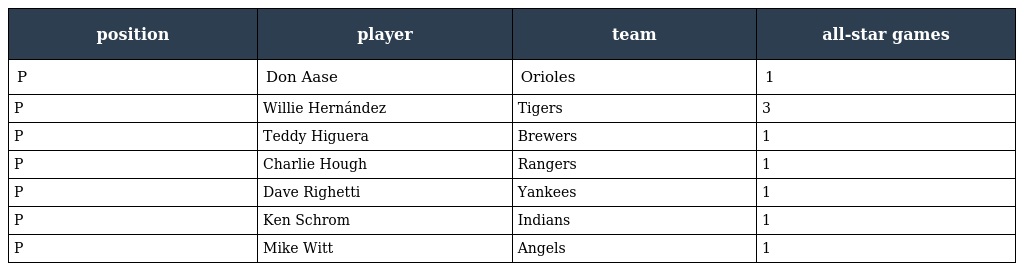
| position | player | team | all-star games |
 | --- | --- | --- | --- |
 | P | Don Aase | Orioles | 1 |
 | P | Willie Hernández | Tigers | 3 |
 | P | Teddy Higuera | Brewers | 1 |
 | P | Charlie Hough | Rangers | 1 |
 | P | Dave Righetti | Yankees | 1 |
 | P | Ken Schrom | Indians | 1 |
 | P | Mike Witt | Angels | 1 |